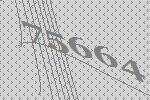
75664